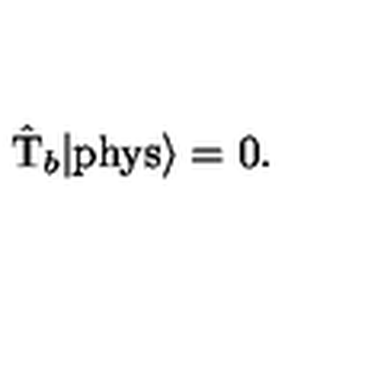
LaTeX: \hat { \mathrm { T } } _ { b } | \mathrm { p h y s } \rangle = 0 .